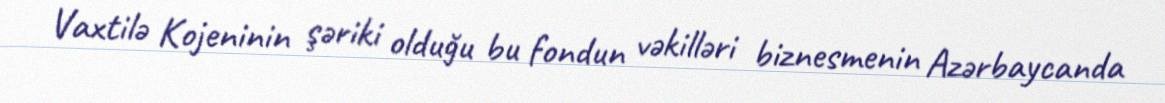
Vaxtilə Kojeninin şəriki olduğu bu fondun vəkilləri biznesmenin Azərbaycanda